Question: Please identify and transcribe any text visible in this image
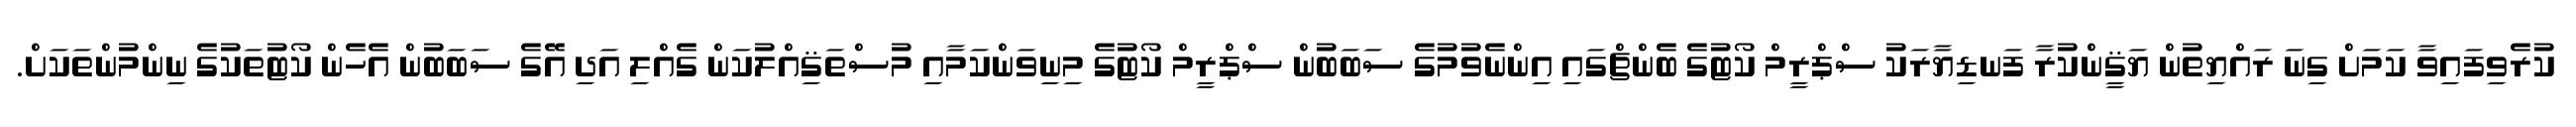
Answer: ކުރެވިފައިވާ ކަމަށް ގިނަ ރައްޔިތުން ޔަޤީންކުރާ ފަނޑިޔާރަކު ސްޕްރީމް ކޯޓުގެ ބެންޗްގައި އިންނެވުމުގެ ސަބަބުން ސްޕްރީމް ކޯޓުގެ މިނިވަންކަމާއި މުސްތަޤިއްލުކަން ގެއްލި އަދި އޭގެ ސަބަބުން އެހެން ކޯޓުތަކުގެ ނިންމުންތަކަށް.